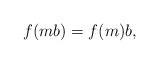
LaTeX: \begin{align*}f(mb)=f(m)b ,\end{align*}